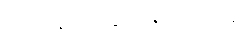
လျော့နည်းသွားခဲ့ရပါတယ်။